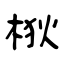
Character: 梑